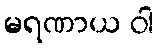
မရဏာယ ဝါ